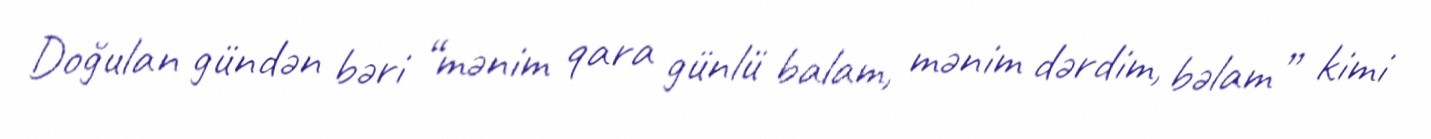
Doğulan gündən bəri “mənim qara günlü balam, mənim dərdim, bəlam” kimi